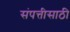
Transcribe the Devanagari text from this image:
संपत्तीसाठी